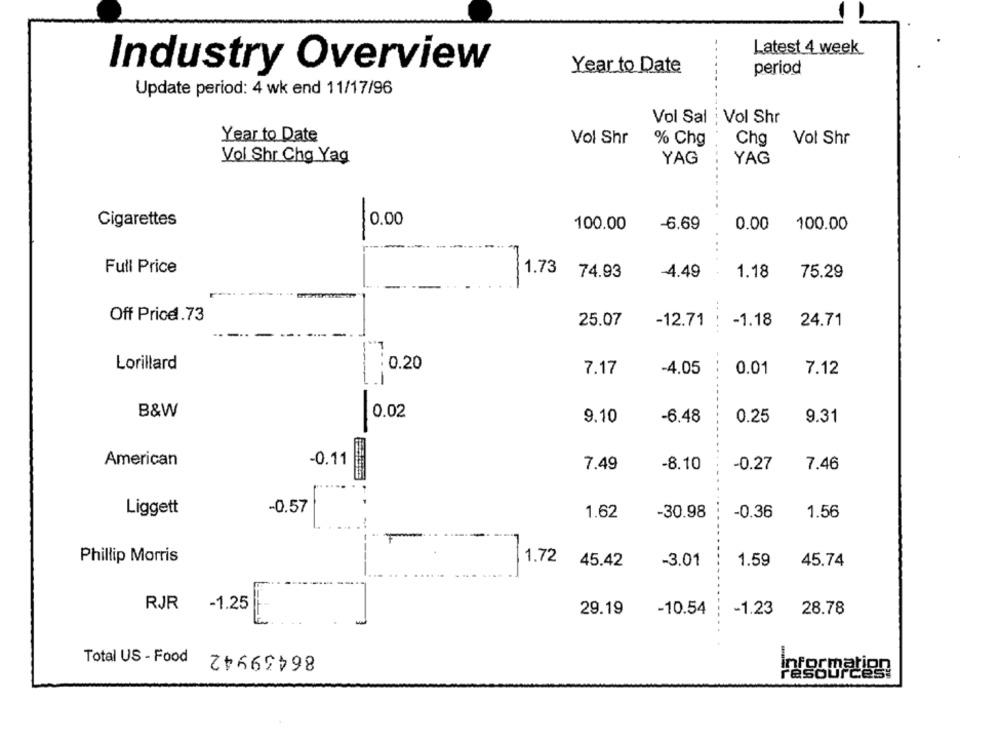
Latest 4 week
Industry Overview
Year to Date
period
Update period: 4 wk end 11/17/96
Vol Sal : Vol Shr
Year to Date
Vol Shr
% Chg
Chg
Vol Shr
Vol Shr Chg Yag
YAG
YAG
Cigarettes
10.00
100.00
-6.69
0.00
100.00
Full Price
1.73
74.93
-4.49
1.18
75.29
Off Price.73
25.07
-12.71
-1.18
24.71
Lorillard
0.20
7.17
-4.05
0.01
7.12
B&W
0.02
9.10
-6.48
0.25
9.31
American
-0.11
7.49
-8.10
-0.27
7.46
Liggett
-0.57
1.62
-30.98
-0.36
1.56
Phillip Morris
1.72 45.42
-3.01
1.59
45.74
RJR
-1.25
29.19
-10.54
-1.23
28.78
86439942
Total US - Food